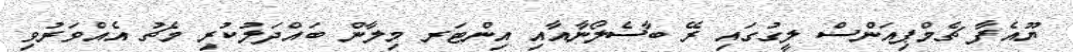
ޔޫއެފާ ޗެމްޕިއަންސް ލީގުގައި ރޭ ބާސެލޯނާއާއި އިންޓަރ މިލާން ބައްދަލުކުރި މެޗު އެެއްވަރުވި